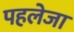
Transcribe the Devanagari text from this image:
पहलेजा